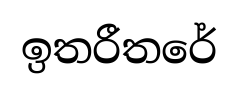
ඉතරීතරේ